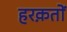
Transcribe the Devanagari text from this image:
हरक़तों